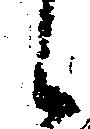
候